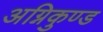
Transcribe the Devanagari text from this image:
अग्निकुण्ड